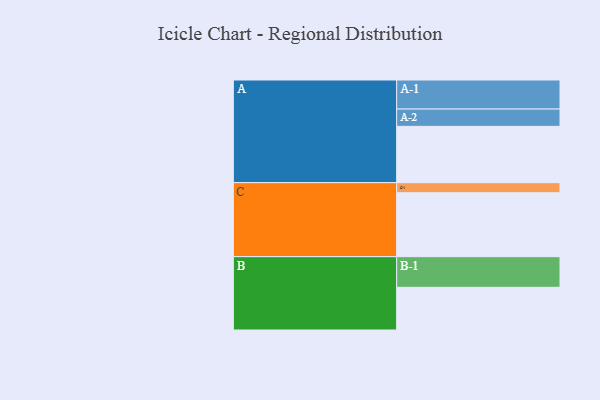
{"axis": {"x": "Segment", "y": "Value"}, "legend": ["", "A", "B", "C"], "data": [{"x": "A", "y": 413, "type": ""}, {"x": "B", "y": 313, "type": ""}, {"x": "C", "y": 469, "type": ""}, {"x": "A-1", "y": 213, "type": "A"}, {"x": "A-2", "y": 127, "type": "A"}, {"x": "B-1", "y": 225, "type": "B"}, {"x": "C-1", "y": 74, "type": "C"}]}